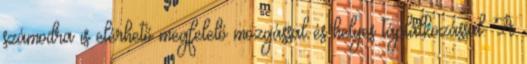
számodra is elérhető megfelelő mozgással és helyes táplálkozással. A